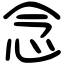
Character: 念